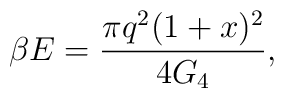
\beta E = \frac{\pi q^2 (1+x)^2}{4 G_{4}},